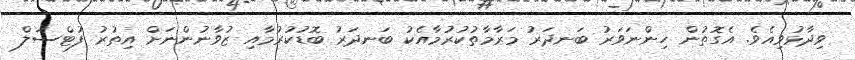
ވިދާޅުވިއެވެ. އެގޮތުން ހިންނަވަރު ބަނދަރު މަރާމާތުކުރުމާއެކު ބަނދަރު ބޮޑުކުރުމާއި ޒުވާނުންނަށް އިތުރު ފުޓްސަލް